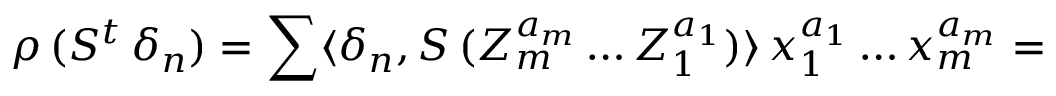
\rho \, ( S ^ { t } \, \delta _ { n } ) = \sum \langle \delta _ { n } , S \, ( Z _ { m } ^ { a _ { m } } \ldots Z _ { 1 } ^ { a _ { 1 } } ) \rangle \, x _ { 1 } ^ { a _ { 1 } } \ldots x _ { m } ^ { a _ { m } } =